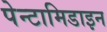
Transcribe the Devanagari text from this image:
पेन्टामिडाइन